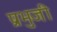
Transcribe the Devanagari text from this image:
प्रभुजी